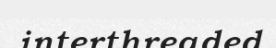
interthreaded